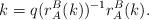
LaTeX: \begin{align*} k=q(r^B_A(k))^{-1} r^B_A(k).\end{align*}